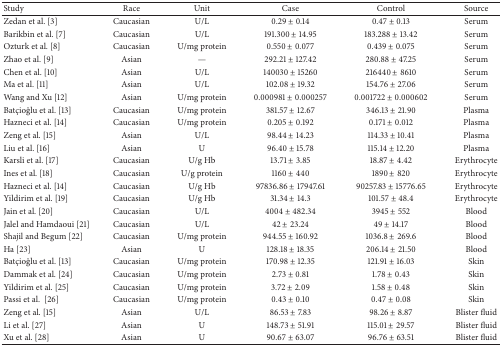
<table><thead><tr><td><b>Study</b></td><td><b>Race</b></td><td><b>Unit</b></td><td><b>Case</b></td><td><b>Control</b></td><td><b>Source</b></td></tr></thead><tbody><tr><td>Zedan et al. [3]</td><td>Caucasian</td><td>U/L</td><td>0.29 ± 0.14 </td><td>0.47 ± 0.13</td><td>Serum</td></tr><tr><td>Barikbin et al. [7]</td><td>Caucasian</td><td>U/L</td><td>191.300 ± 14.95</td><td>183.288 ± 13.42</td><td>Serum</td></tr><tr><td>Ozturk et al. [8]</td><td>Caucasian</td><td>U/mg protein</td><td>0.550 ± 0.077</td><td>0.439 ± 0.075</td><td>Serum</td></tr><tr><td>Zhao et al. [9]</td><td>Asian</td><td>—</td><td>292.21 ± 127.42</td><td>280.88 ± 47.25</td><td>Serum</td></tr><tr><td>Chen et al. [10]</td><td>Asian</td><td>U/L</td><td>140030 ± 15260</td><td>216440 ± 8610</td><td>Serum</td></tr><tr><td>Ma et al. [11]</td><td>Asian</td><td>U/L</td><td>102.08 ± 19.32</td><td>154.76 ± 27.06</td><td>Serum</td></tr><tr><td>Wang and Xu [12]</td><td>Asian</td><td>U/mg protein</td><td>0.000981 ± 0.000257</td><td>0.001722 ± 0.000602</td><td>Serum</td></tr><tr><td>Batçioğlu et al. [13]</td><td>Caucasian</td><td>U/mg protein</td><td>381.57 ± 12.67</td><td>346.13 ± 21.90</td><td>Plasma</td></tr><tr><td>Hazneci et al. [14]</td><td>Caucasian</td><td>U/mg protein</td><td>0.205 ± 0.192</td><td>0.171 ± 0.012</td><td>Plasma</td></tr><tr><td>Zeng et al. [15]</td><td>Asian</td><td>U/L</td><td>98.44 ± 14.23</td><td>114.33 ± 10.41</td><td>Plasma</td></tr><tr><td>Liu et al. [16]</td><td>Asian</td><td>U</td><td>96.40 ± 15.78</td><td>115.14 ± 12.20</td><td>Plasma</td></tr><tr><td>Karsli et al. [17]</td><td>Caucasian</td><td>U/g Hb</td><td>13.71 ± 3.85</td><td>18.87 ± 4.42</td><td>Erythrocyte</td></tr><tr><td>Ines et al. [18]</td><td>Caucasian</td><td>U/g protein</td><td>1160 ± 440</td><td>1890 ± 820 </td><td>Erythrocyte</td></tr><tr><td>Hazneci et al. [14]</td><td>Caucasian</td><td>U/g Hb</td><td>97836.86 ± 17947.61</td><td>90257.83 ± 15776.65</td><td>Erythrocyte</td></tr><tr><td>Yildirim et al. [19]</td><td>Caucasian</td><td>U/g Hb</td><td>31.34 ± 14.3</td><td>101.57 ± 48.4</td><td>Erythrocyte</td></tr><tr><td>Jain et al. [20]</td><td>Caucasian</td><td>U/L</td><td>4004 ± 482.34</td><td>3945 ± 552 </td><td>Blood</td></tr><tr><td>Jalel and Hamdaoui [21]</td><td>Caucasian</td><td>U/L</td><td>42 ± 23.24</td><td>49 ± 14.17</td><td>Blood</td></tr><tr><td>Shajil and Begum [22]</td><td>Caucasian</td><td>U/mg protein</td><td>944.55 ± 160.92</td><td>1036.8 ± 269.6</td><td>Blood</td></tr><tr><td>Ha [23]</td><td>Asian</td><td>U</td><td>128.18 ± 18.35</td><td>206.14 ± 21.50</td><td>Blood</td></tr><tr><td>Batçioğlu et al. [13]</td><td>Caucasian</td><td>U/mg protein</td><td>170.98 ± 12.35</td><td>121.91 ± 16.03</td><td>Skin</td></tr><tr><td>Dammak et al. [24]</td><td>Caucasian</td><td>U/mg protein</td><td>2.73 ± 0.81</td><td>1.78 ± 0.43 </td><td>Skin</td></tr><tr><td>Yildirim et al. [25]</td><td>Caucasian</td><td>U/mg protein</td><td>3.72 ± 2.09</td><td>1.58 ± 0.48</td><td>Skin</td></tr><tr><td>Passi et al. [26]</td><td>Caucasian</td><td>U/mg protein</td><td>0.43 ± 0.10</td><td>0.47 ± 0.08</td><td>Skin</td></tr><tr><td>Zeng et al. [15]</td><td>Asian</td><td>U/L</td><td>86.53 ± 7.83</td><td>98.26 ± 8.87</td><td>Blister fluid</td></tr><tr><td>Li et al. [27]</td><td>Asian</td><td>U</td><td>148.73 ± 51.91</td><td>115.01 ± 29.57</td><td>Blister fluid</td></tr><tr><td>Xu et al. [28]</td><td>Asian</td><td>U</td><td>90.67 ± 63.07</td><td>96.76 ± 63.51</td><td>Blister fluid</td></tr></tbody></table>